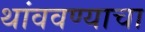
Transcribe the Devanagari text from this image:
थांववण्याचा